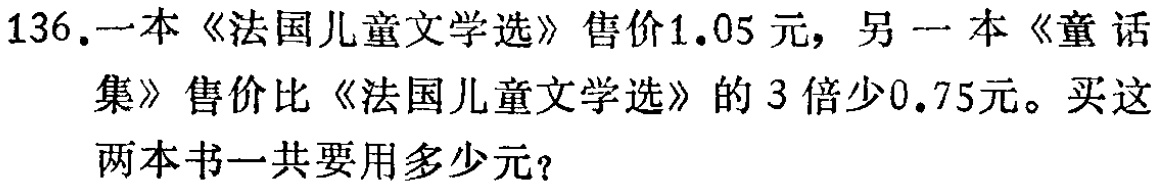
136.一本《法国儿童文学选》售价1.05元，另一本《童话
集》售价比《法国儿童文学选》的3倍少0.75元。买这
两本书一共要用多少元？